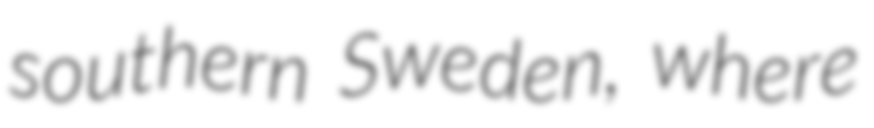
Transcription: southern Sweden, where